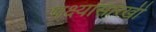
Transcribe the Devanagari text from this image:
पक्ष्यांसारखी